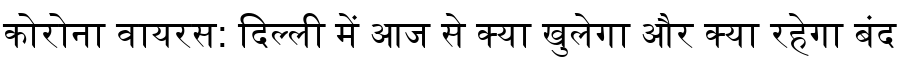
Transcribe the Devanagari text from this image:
कोरोना वायरस: दिल्ली में आज से क्या खुलेगा और क्या रहेगा बंद